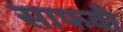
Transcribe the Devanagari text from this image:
साफवी